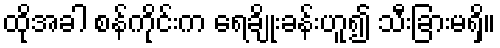
ထိုအခါ စန်ကိုင်းက ရေချိုးခန်းဟူ၍ သီးခြားမရှိ။